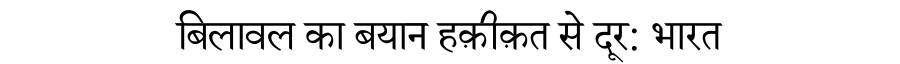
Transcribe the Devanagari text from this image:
बिलावल का बयान हक़ीक़त से दूर: भारत